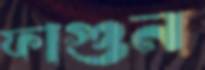
ফাগুন